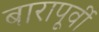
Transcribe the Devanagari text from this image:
बारापूर्वी